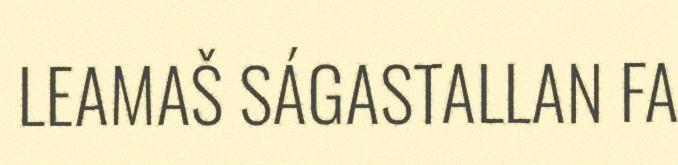
LEAMAŠ SÁGASTALLAN FA